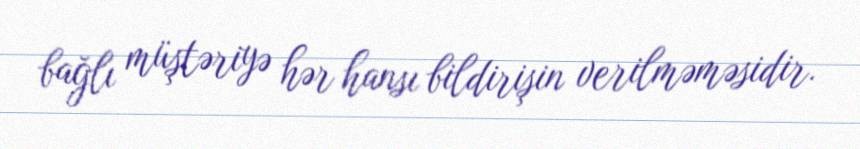
bağlı müştəriyə hər hansı bildirişin verilməməsidir.